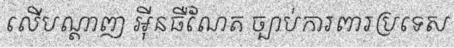
លើបណ្តាញ អ៊ីនធឺណែត ច្បាប់ការពារប្រទេស